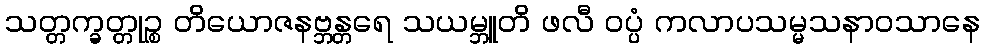
သတ္တက္ခတ္တုဉ္စ တိယောဇနဗ္ဘန္တရေ သယမ္ဘူတိ ဖလီ ဝပ္ပံ ကလာပသမ္မသနာဝသာနေ